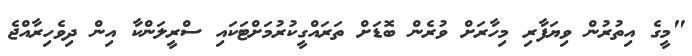
"މީގެ އިތުރުން ވިޔަފާރި މިހާރަށް ވުރެން ބޮޑަށް ތަރައްގީކުރުމަށްޓަކައި ސްރީލަންކާ އިން ދިވެހިރާއްޖެ